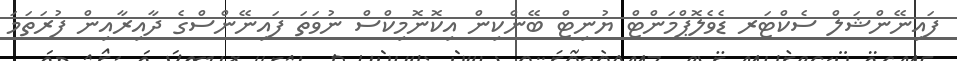
ފައިނޭންޝަލް ސެކްޓަރ ޑެވެލޮޕްމަންޓް ޔުނިޓް ބޭންކިން އިކޮނޮމިކްސް ނުވަތަ ފައިނޭންސްގެ ދާއިރާއިން ފުރަތަމަ